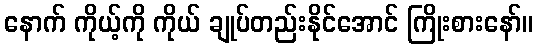
နောက် ကိုယ့်ကို ကိုယ် ချုပ်တည်းနိုင်အောင် ကြိုးစားနော်။